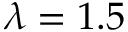
\lambda = 1 . 5